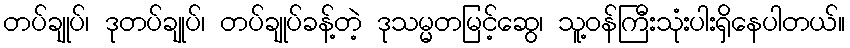
တပ်ချုပ်၊ ဒုတပ်ချုပ်၊ တပ်ချုပ်ခန့်တဲ့ ဒုသမ္မတမြင့်ဆွေ၊ သူ့ဝန်ကြီးသုံးပါးရှိနေပါတယ်။